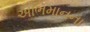
અભિમાનના